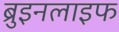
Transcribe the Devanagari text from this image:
ब्रुइनलाइफ